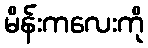
မိန်းကလေးကို